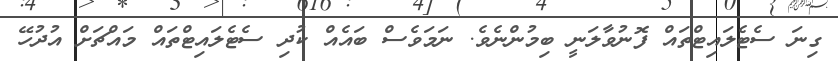
ގިނަ ސެޓެލައިޓްތައް ފޮނުވާލަނީ ބިމުންނެވެ. ނަމަވެސް ބައެއް ކުދި ސެޓެލައިޓްތައް މައްޗަށް އުދުހޭ